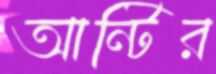
আন্টির